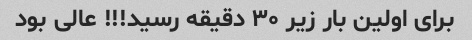
برای اولین بار زیر ۳۰ دقیقه رسید!!! عالی بود